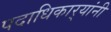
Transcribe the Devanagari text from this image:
पदाधिकार्‍यांनी